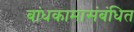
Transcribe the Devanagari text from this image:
बांधकामासंबंधित